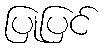
ပြုပြင်